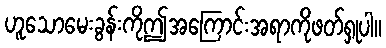
ဟူသောမေးခွန်းကိုဤအကြောင်းအရာကိုဖတ်ရှုပါ။